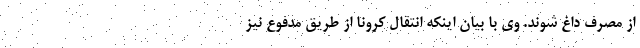
از مصرف داغ شوند. وی با بیان اینکه انتقال کرونا از طریق مدفوع نیز